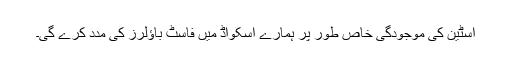
اسٹین کی موجودگی خاص طور پر ہمارے اسکواڈ میں فاسٹ باؤلرز کی مدد کرے گی۔